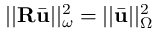
| | \mathbf { R } \bar { \mathbf { u } } | | _ { \omega } ^ { 2 } = | | \bar { \mathbf { u } } | | _ { \Omega } ^ { 2 }